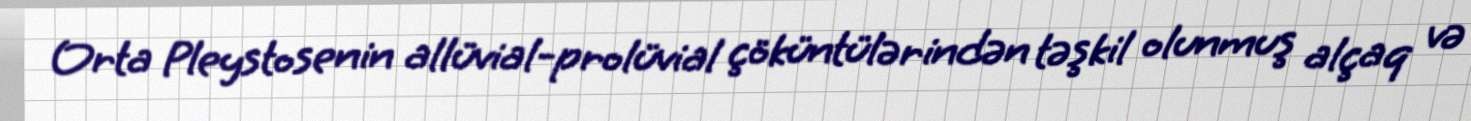
Orta Pleystosenin allüvial-prolüvial çöküntülərindən təşkil olunmuş alçaq və